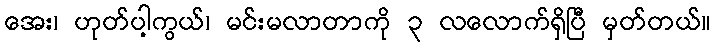
အေး၊ ဟုတ်ပါ့ကွယ်၊ မင်းမလာတာကို ၃ လလောက်ရှိပြီ မှတ်တယ်။